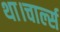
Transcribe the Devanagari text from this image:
था।चार्ल्स